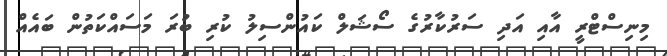
މިނިސްޓްރީ އާއި އަދި ސަރުކާރުގެ ސޯޝަލް ކައުންސިލު ކުރި ބުރަ މަސައްކަތުން ބައެއް